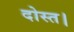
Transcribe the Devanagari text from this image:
दोस्त।